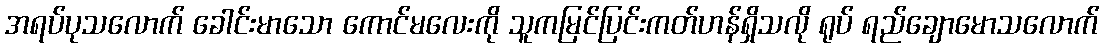
အရပ်ပုသလောက် ခေါင်းမာသော ကောင်မလေးကို သူကမြင်ပြင်းကတ်ဟန်ရှိသလို ရုပ် ရည်ချောမောသလောက်